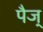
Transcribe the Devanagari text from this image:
पैज्